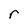
Character: r